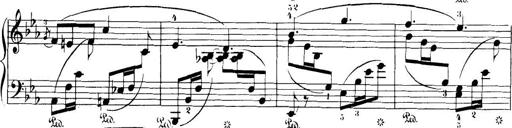
Title: 32 Sonatinas and Rondos for the Piano
Composer: Richard Kleinmichel